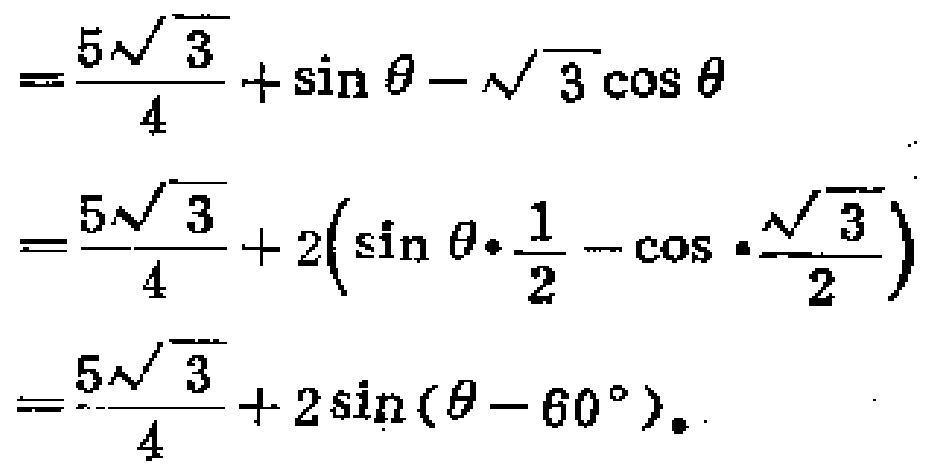
\[
\begin{align*}
&=\frac{5\sqrt{3}}{4}+\sin\theta - \sqrt{3}\cos\theta\\
&=\frac{5\sqrt{3}}{4}+2\left(\sin\theta\cdot\frac{1}{2}-\cos\theta\cdot\frac{\sqrt{3}}{2}\right)\\
&=\frac{5\sqrt{3}}{4}+2\sin(\theta - 60^{\circ})
\end{align*}
\]